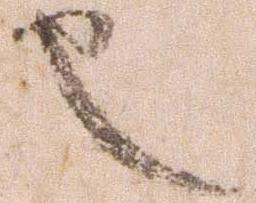
也